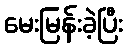
မေးမြန်းခဲ့ပြီး